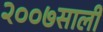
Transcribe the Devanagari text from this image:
२००७साली